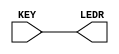
module KEY_to_LEDR (
	input [3:0] KEY,
	output [3:0] LEDR);
	assign LEDR = KEY;
endmodule